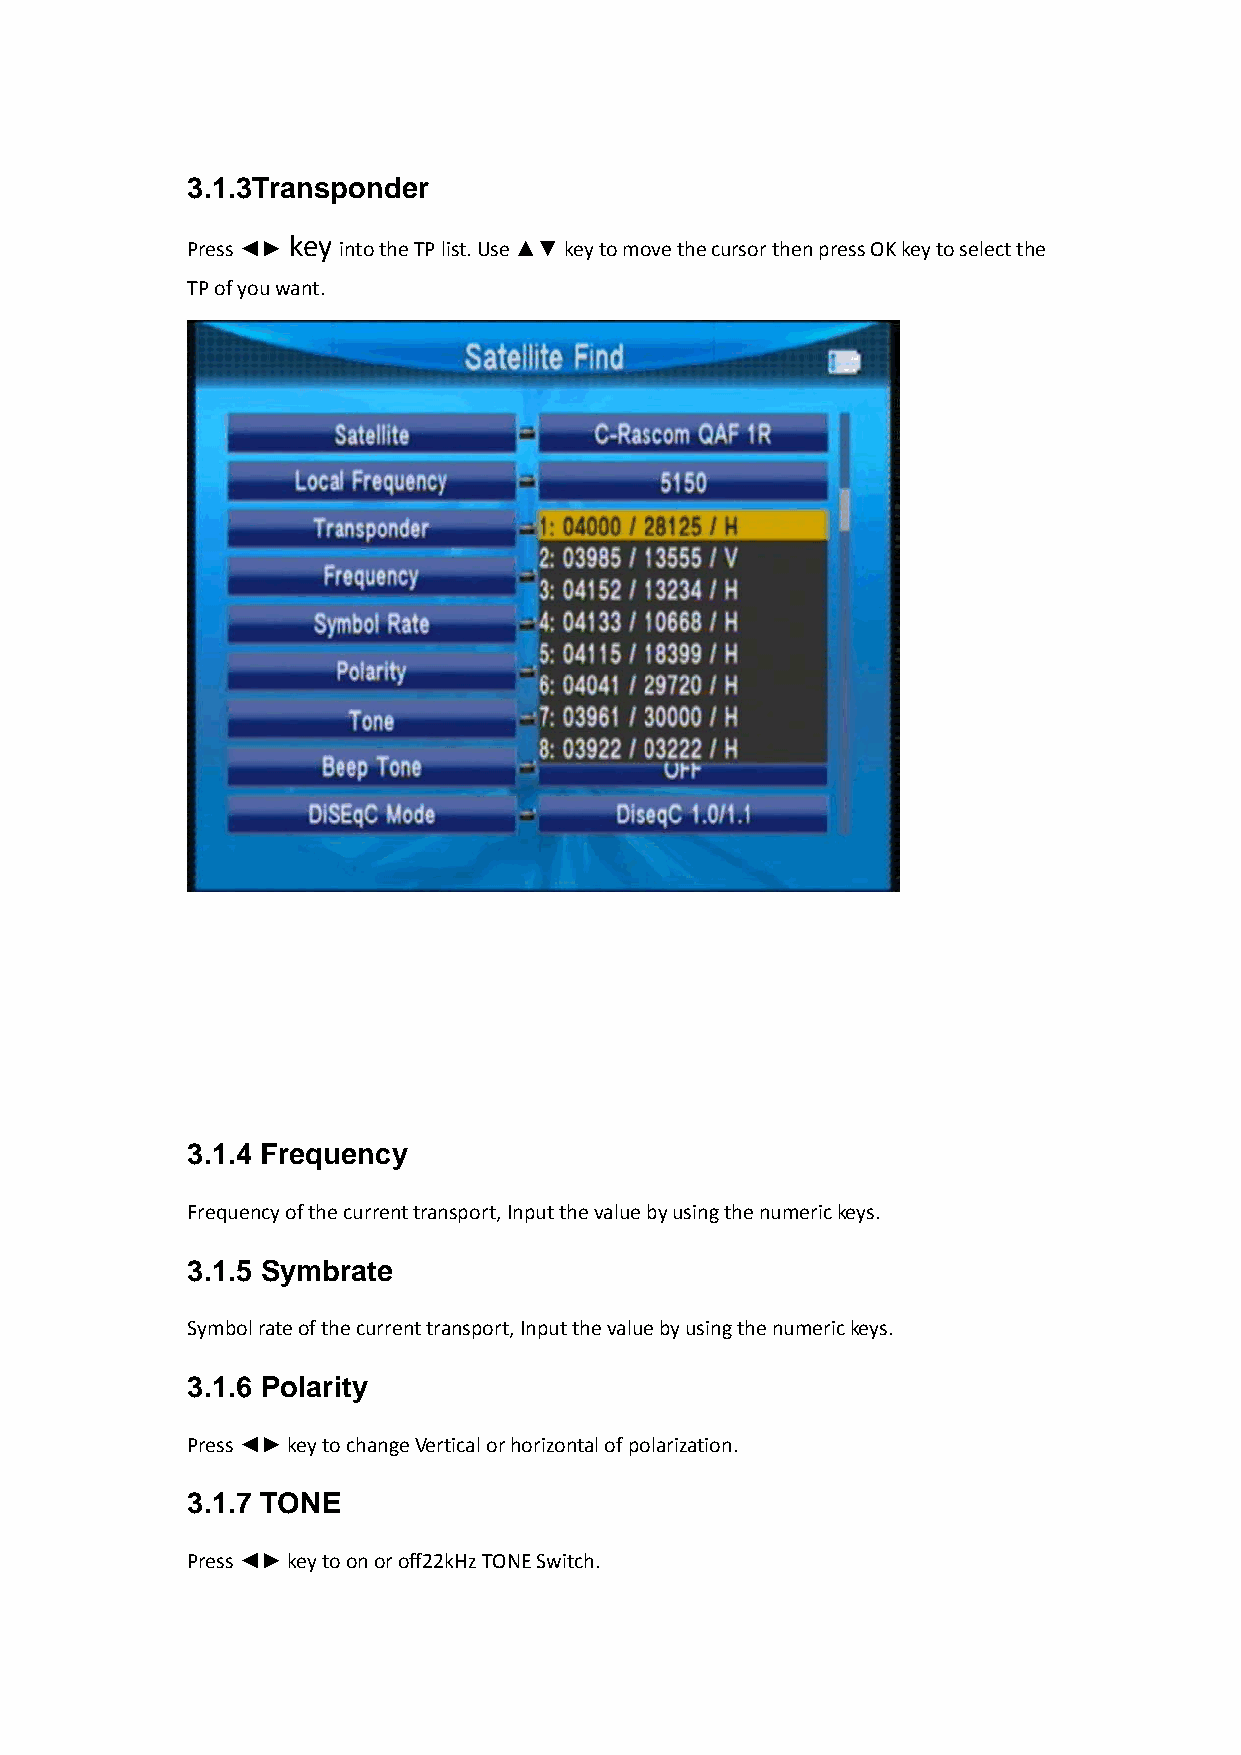
3.1.3Transponder
 Press ◄► key into the TP list. Use ▲▼ key to move the cursor then press OK key to select the
 TP of you want.
 3.1.4 Frequency
 Frequency of the current transport, Input the value by using the numeric keys.
 3.1.5 Symbrate
 Symbol rate of the current transport, Input the value by using the numeric keys.
 3.1.6 Polarity
 Press ◄► key to change Vertical or horizontal of polarization.
 3.1.7 TONE
 Press ◄► key to on or off22kHz TONE Switch.